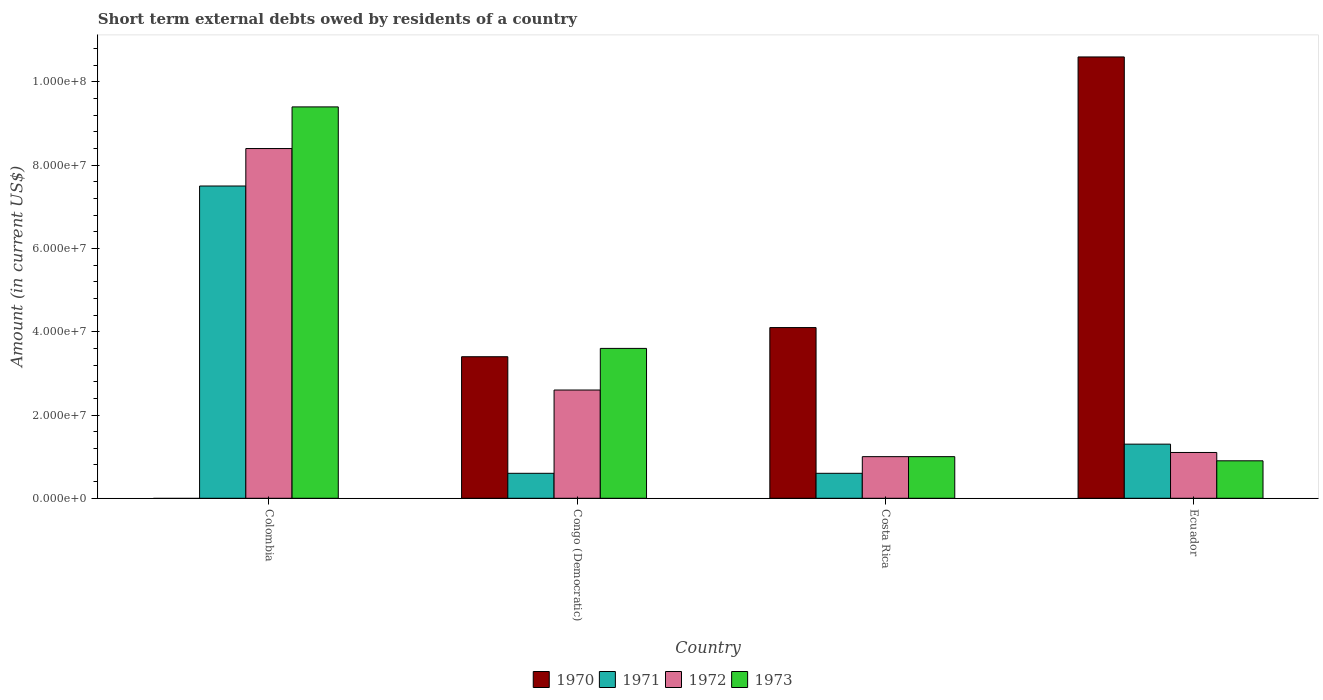
| Country | 1970 | 1971 | 1972 | 1973 |
 | --- | --- | --- | --- | --- |
 | Colombia | -6.45e+06 | 7.5e+07 | 8.4e+07 | 9.4e+07 |
 | Congo (Democratic) | 3.4e+07 | 6e+06 | 2.6e+07 | 3.6e+07 |
 | Costa Rica | 4.1e+07 | 6e+06 | 1e+07 | 1e+07 |
 | Ecuador | 1.06e+08 | 1.3e+07 | 1.1e+07 | 9e+06 |